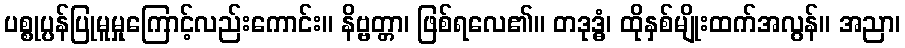
ပစ္စုပ္ပန်ပြုမူမှုကြောင့်လည်းကောင်း။ နိဗ္ဗတ္တာ၊ ဖြစ်ရလေ၏။ တဒုဒ္ဓံ၊ ထိုနှစ်မျိုးထက်အလွန်။ အညာ၊